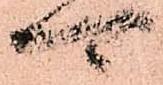
可